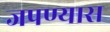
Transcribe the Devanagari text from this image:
जपण्यास